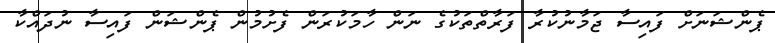
ޕެންޝަނަށް ފައިސާ ޖަމާނުކުރާ ފަރާތްތަކުގެ ނަން ހާމަކުރަން ފެށުމުން ޕެންޝަން ފައިސާ ނުދައްކާ